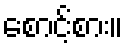
စောင့်စား။